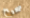
صحيح